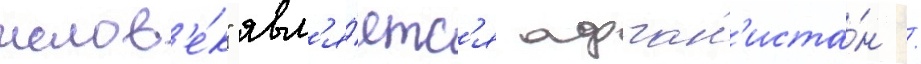
челов'е́к" явл'я́етс'я афган'иста́н /